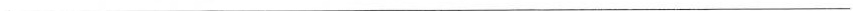
___